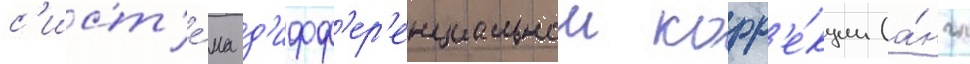
с'ист'е́ма д'ифф'ер'енциальнои корр'е́кции (а́нгл